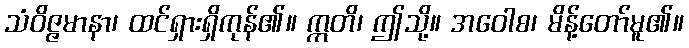
သံဝိဇ္ဇမာနာ၊ ထင်ရှားရှိကုန်၏။ ဣတိ၊ ဤသို့။ အဝေါစ၊ မိန့်တော်မူ၏။